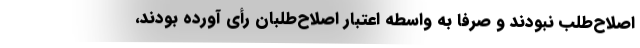
اصلاح‌طلب نبودند و صرفا به واسطه اعتبار اصلاح‌طلبان رأی آورده بودند،